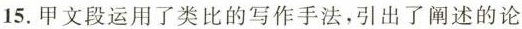
15.甲文段运用了类比的写作手法，引出了阐述的论